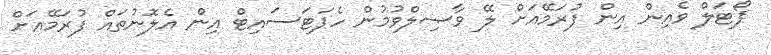
ޕޯޓަލް ވެއިން އިން ފުރަމޭއަށް ލޭ ވާޞިލްވުމުން ހެޕަޓަސައިޓް އިން އެލޮނުތައް ފުރަމޭއަށް